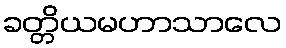
ခတ္တိယမဟာသာလေ